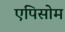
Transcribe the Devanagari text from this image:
एपिसोम